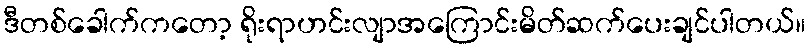
ဒီတစ်ခေါက်ကတော့ ရိုးရာဟင်းလျာအကြောင်းမိတ်ဆက်ပေးချင်ပါတယ်။